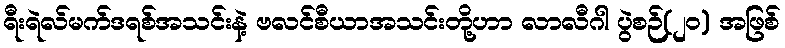
ရီးရဲလ်မက်ဒရစ်အသင်းနဲ့ ဗလင်စီယာအသင်းတို့ဟာ လာလီဂါ ပွဲစဉ်(၂၀) အဖြစ်